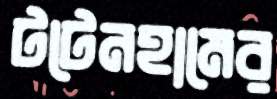
টটেনহামের